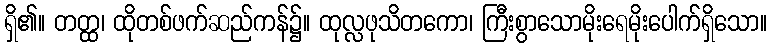
ရှိ၏။ တတ္ထ၊ ထိုတစ်ဖက်ဆည်ကန်၌။ ထုလ္လဖုသိတကော၊ ကြီးစွာသောမိုးရေမိုးပေါက်ရှိသော။